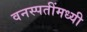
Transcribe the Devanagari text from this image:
वनस्पतींमध्यी